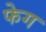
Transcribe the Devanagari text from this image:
फेग